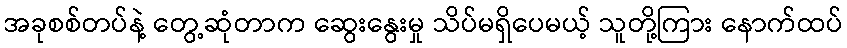
အခုစစ်တပ်နဲ့ တွေ့ဆုံတာက ဆွေးနွေးမှု သိပ်မရှိပေမယ့် သူတို့ကြား နောက်ထပ်